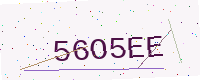
Text: 56O5EE